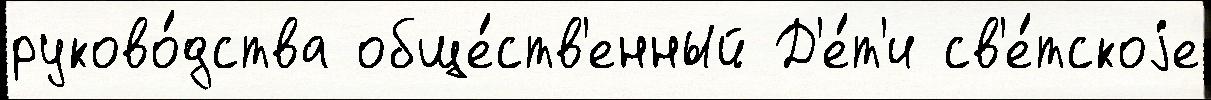
руково́дства обще́ств'енный Д'е́т'и св'е́тскоjе